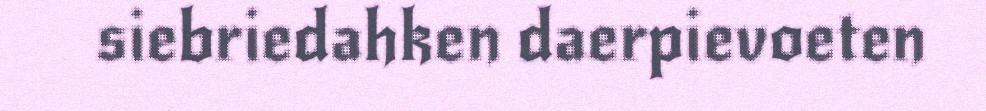
siebriedahken daerpievoeten